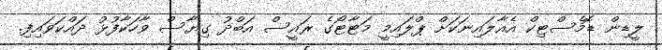
ލީޑިން ޑޮމެސްޓިކް އެއާލައިނަކަށް ޕްލައިމީ މަޓާޓޯގެ ރައީސް އަބްދު ގިޔާސް ވާހަކާފުޅު ދައްކަވައިފި.